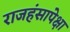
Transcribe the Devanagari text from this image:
राजहंसापेक्षा